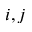
i , j